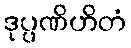
ဒုပ္ပဏိဟိတံ